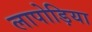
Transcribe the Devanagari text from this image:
लापोड़िया